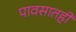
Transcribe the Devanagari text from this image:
पावसातही